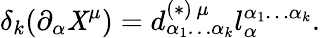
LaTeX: \delta_{k}(\partial_{\alpha}\mathit{X}^{\mu})=d_{\alpha_{1}\ldots\alpha_{k}}^{(\ast)\, \mu}l_{\alpha}^{\alpha_{1}\ldots\alpha_{k}}.